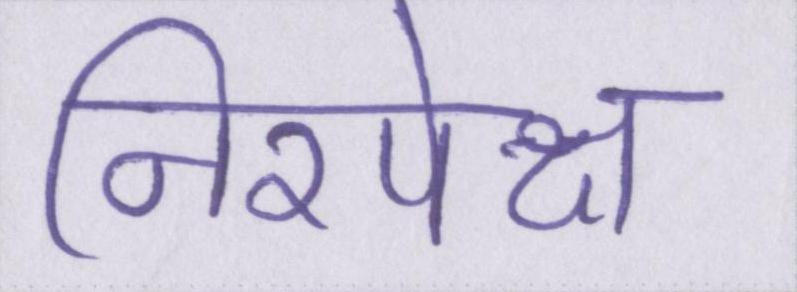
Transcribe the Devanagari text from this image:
निरपेक्ष